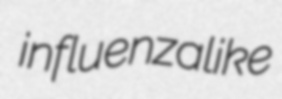
influenzalike